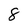
Character: 8